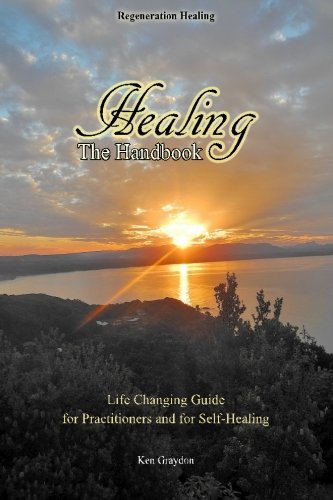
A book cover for Healing; the Handbook: Life changing guide for practitioners or for self healing; Ken Graydon; Health, Fitness & Dieting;